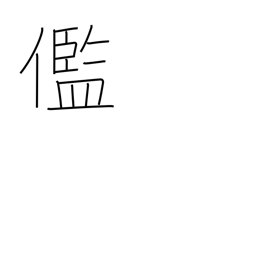
Meaning: ugly